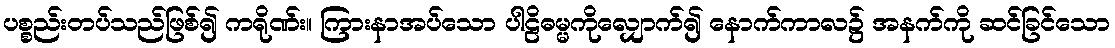
ပစ္စည်းတပ်သည်ဖြစ်၍ ကရိုဏ်း။ ကြားနာအပ်သော ပါဠိဓမ္မကိုလျှောက်၍ နောက်ကာလ၌ အနက်ကို ဆင်ခြင်သော